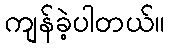
ကျန်ခဲ့ပါတယ်။